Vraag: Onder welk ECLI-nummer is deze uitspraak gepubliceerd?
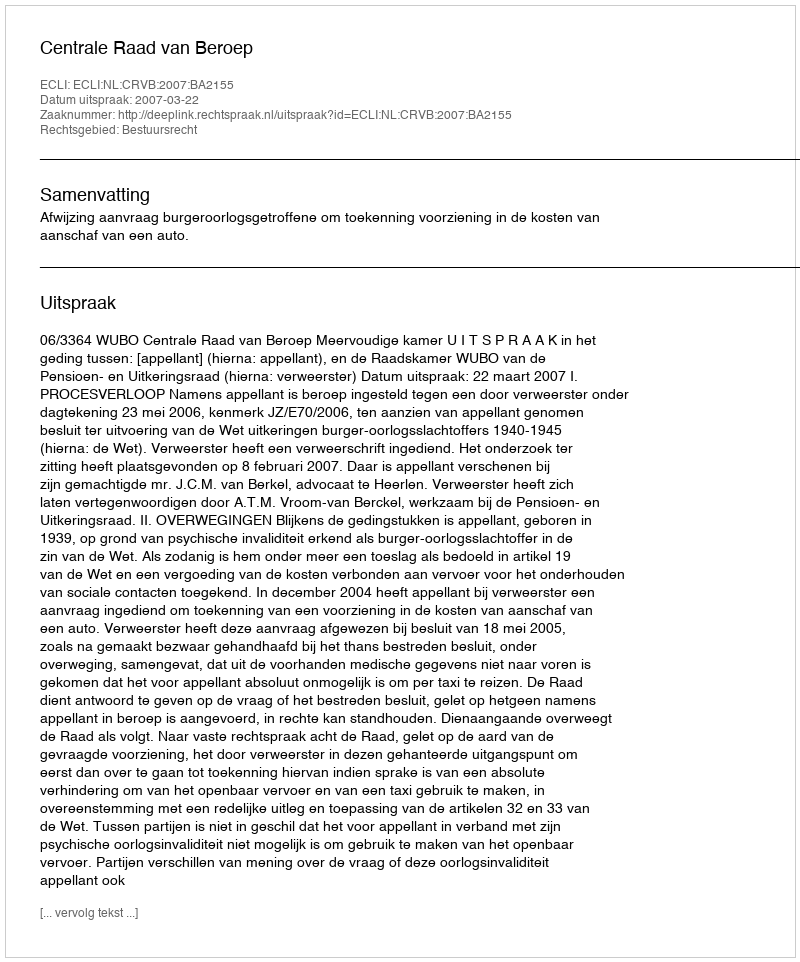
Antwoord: ECLI:NL:CRVB:2007:BA2155